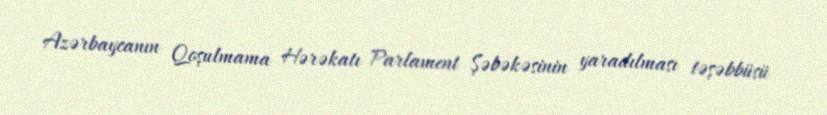
Azərbaycanın Qoşulmama Hərəkatı Parlament Şəbəkəsinin yaradılması təşəbbüsü